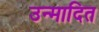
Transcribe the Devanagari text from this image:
उन्मादित